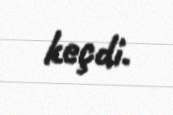
keçdi.